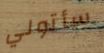
سأتولي